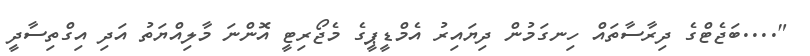
"....ބަޖެޓްގެ ދިރާސާތައް ހިނގަމުން ދިޔައިރު އެމްޑީޕީގެ މެޖޯރިޓީ އޮންނަ މާލިއްޔަތު އަދި އިގްތިސާދީ